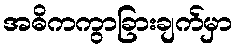
အဓိကကွာခြားချက်မှာ